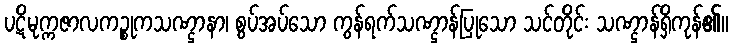
ပဋိမုက္ကဇာလကဉ္စုကသဏ္ဌာနာ၊ စွပ်အပ်သော ကွန်ရက်သဏ္ဌာန်ပြုသော သင်တိုင်း သဏ္ဌာန်ရှိကုန်၏။